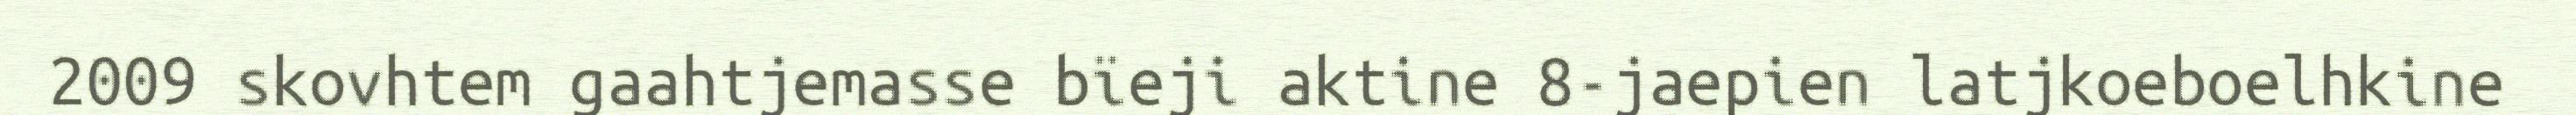
2009 skovhtem gaahtjemasse bïeji aktine 8-jaepien latjkoeboelhkine